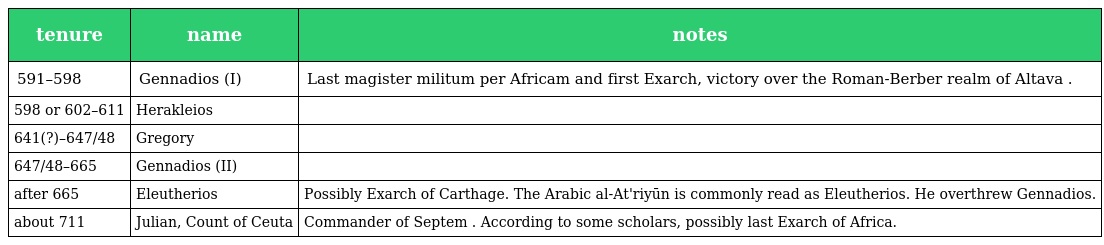
| tenure | name | notes |
 | --- | --- | --- |
 | 591–598 | Gennadios (I) | Last magister militum per Africam and first Exarch, victory over the Roman-Berber realm of Altava . |
 | 598 or 602–611 | Herakleios |  |
 | 641(?)–647/48 | Gregory |  |
 | 647/48–665 | Gennadios (II) |  |
 | after 665 | Eleutherios | Possibly Exarch of Carthage. The Arabic al-At'riyūn is commonly read as Eleutherios. He overthrew Gennadios. |
 | about 711 | Julian, Count of Ceuta | Commander of Septem . According to some scholars, possibly last Exarch of Africa. |